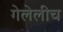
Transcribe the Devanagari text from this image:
गेलेलीच